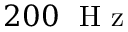
2 0 0 \ \mathrm { ~ H ~ z ~ }